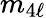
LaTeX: m_{4\ell}